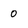
Character: 0